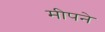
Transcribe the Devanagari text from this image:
मीपने